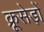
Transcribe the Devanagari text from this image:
क्रूसेड़ों